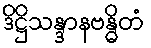
ဒိဋ္ဌိသန္ဒာနဗန္ဓိတံ